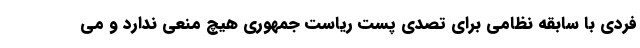
فردی با سابقه نظامی برای تصدی پست ریاست جمهوری هیچ منعی ندارد و می